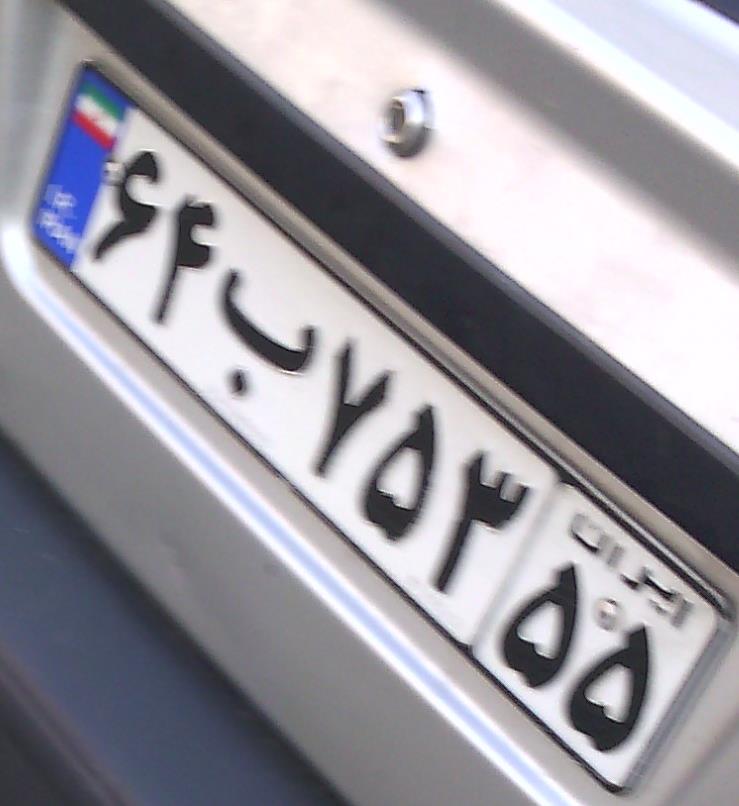
۶۴ب۷۵۳۵۵